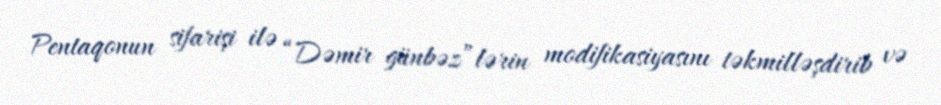
Pentaqonun sifarişi ilə “Dəmir günbəz”lərin modifikasiyasını təkmilləşdirib və